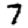
Digit: 7